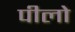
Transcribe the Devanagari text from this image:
पीलो